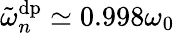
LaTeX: \tilde{\omega}_{n}^{\mathrm{dp}}\simeq 0.998\omega_{0}